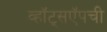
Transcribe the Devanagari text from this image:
व्हॉट्सऍपची